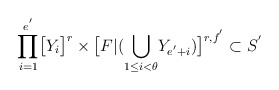
\begin{align*}\displaystyle{\prod_{i=1}^{e^{'}}}\big{[}Y_i\big{]}^{r}\times \big{[}F|(\displaystyle{\bigcup_{1\leq i<\theta}}Y_{e^{'}+i})\big{]}^{r,f^{'}}\subset S^{'}\end{align*}